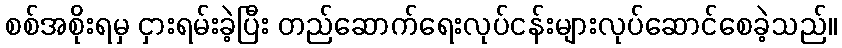
စစ်အစိုးရမှ ငှားရမ်းခဲ့ပြီး တည်ဆောက်ရေးလုပ်ငန်းများလုပ်ဆောင်စေခဲ့သည်။